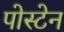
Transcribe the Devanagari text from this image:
पोस्टेन